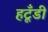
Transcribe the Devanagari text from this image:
हटूँडी